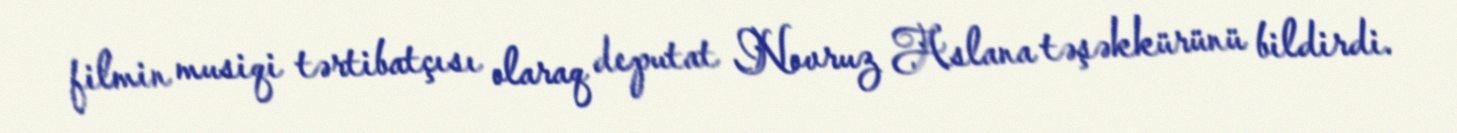
filmin musiqi tərtibatçısı olaraq deputat Novruz Aslana təşəkkürünü bildirdi.